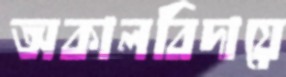
অকালবিদায়ে